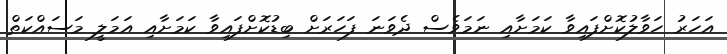
އަހަރު ހަވާލުކޮށްފައިވާ ކަމަށާއި ނަމަވެސް ދެވަނަ ފަހަރަށް ބިޑުކޮށްފައިވާ ކަމަށާއި އަމަލީ މަސައްކަތް